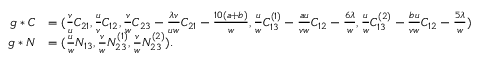
\begin{array} { r l } { g \ast C } & { = ( \frac { v } { u } C _ { 2 1 } , \frac { u } { v } C _ { 1 2 } , \frac { v } { w } C _ { 2 3 } - \frac { \lambda v } { u w } C _ { 2 1 } - \frac { 1 0 ( a + b ) } { w } , \frac { u } { w } C _ { 1 3 } ^ { ( 1 ) } - \frac { a u } { v w } C _ { 1 2 } - \frac { 6 \lambda } { w } , \frac { u } { w } C _ { 1 3 } ^ { ( 2 ) } - \frac { b u } { v w } C _ { 1 2 } - \frac { 5 \lambda } { w } ) } \\ { g \ast N } & { = ( \frac { u } { w } N _ { 1 3 } , \frac { v } { w } N _ { 2 3 } ^ { ( 1 ) } , \frac { v } { w } N _ { 2 3 } ^ { ( 2 ) } ) . } \end{array}